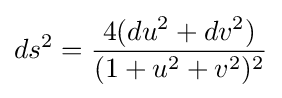
ds^{2}={4(du^{2}+dv^{2}) \over (1+u^{2}+v^{2})^{2}}